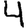
Digit: 4